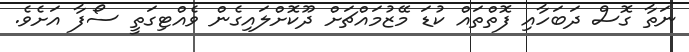
ނަތާ ގޮސް ދަބަހާއި ފޮތްތައް ކުޑަ މޭޒުމައްޗަށް ދޫކޮށްލައިގެން ވެއްޓިގަތީ ސޯފާ އަށެވެ.